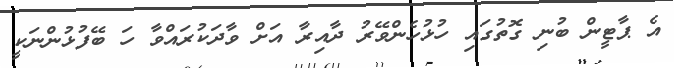
އެ ޕާޓީން ބުނި ގޮތުގައި ހުޅުހެންވޭރު ދާއިރާ އަށް ވާދަކުރައްވާ ހަ ބޭފުޅުންނަކީ